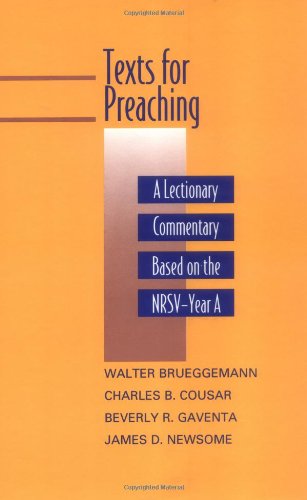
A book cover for Texts for Preaching: A Lectionary Commentary, Based on the NRSV, Vol. 1: Year A; Christian Books & Bibles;